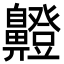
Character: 𮮸